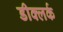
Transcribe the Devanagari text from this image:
डीक्लर्क